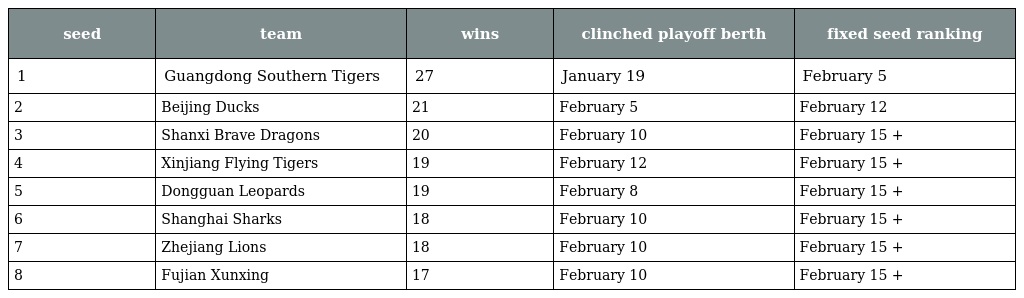
| seed | team | wins | clinched playoff berth | fixed seed ranking |
 | --- | --- | --- | --- | --- |
 | 1 | Guangdong Southern Tigers | 27 | January 19 | February 5 |
 | 2 | Beijing Ducks | 21 | February 5 | February 12 |
 | 3 | Shanxi Brave Dragons | 20 | February 10 | February 15 + |
 | 4 | Xinjiang Flying Tigers | 19 | February 12 | February 15 + |
 | 5 | Dongguan Leopards | 19 | February 8 | February 15 + |
 | 6 | Shanghai Sharks | 18 | February 10 | February 15 + |
 | 7 | Zhejiang Lions | 18 | February 10 | February 15 + |
 | 8 | Fujian Xunxing | 17 | February 10 | February 15 + |